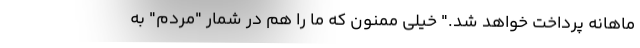
ماهانه پرداخت خواهد شد." خیلی ممنون که ما را هم در شمار "مردم" به